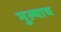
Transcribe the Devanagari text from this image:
मुल्याच